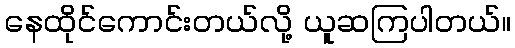
နေထိုင်ကောင်းတယ်လို့ ယူဆကြပါတယ်။